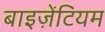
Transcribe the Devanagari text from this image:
बाइज़ेंटियम